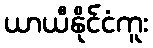
ယာယီနိုင်ငံကူး